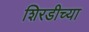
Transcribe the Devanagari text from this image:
शिरडीच्या